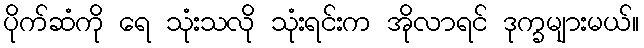
ပိုက်ဆံကို ရေ သုံးသလို သုံးရင်းက အိုလာရင် ဒုက္ခများမယ်။